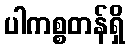
ပါကစ္စတန်ရှိ